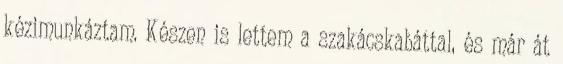
kézimunkáztam. Készen is lettem a szakácskabáttal, és már át